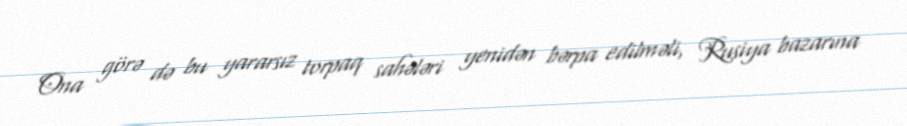
Ona görə də bu yararsız torpaq sahələri yenidən bərpa edilməli, Rusiya bazarına